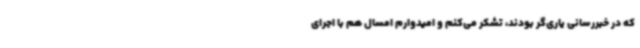
که در خبررسانی یاری‌گر بودند، تشکر می‌کنم و امیدوارم امسال هم با اجرای